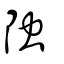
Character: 𨹁